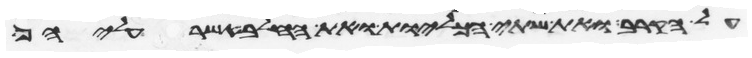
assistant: על הקרב ואת שתי הכליות ואת החלב אשר עליהן